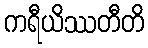
ကရီယိဿတီတိ